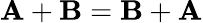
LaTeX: \mathbf{A}+\mathbf{B}=\mathbf{B}+\mathbf{A}